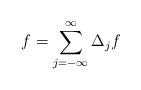
LaTeX: \begin{align*} f = \sum_{j=-\infty}^{\infty} \Delta_j f\end{align*}